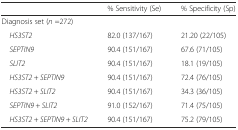
|  | % Sensitivity (Se) | % Specificity (Sp) |
 | --- | --- | --- |
 | <COLSPAN=3> Diagnosis set (n =272) |
 | HS3ST2 | 82.0 (137/167) | 21.20 (22/105) |
 | SEPTIN9 | 90.4 (151/167) | 67.6 (71/105) |
 | SLIT2 | 90.4 (151/167) | 18.1 (19/105) |
 | HS3ST2 + SEPTIN9 | 90.4 (151/167) | 72.4 (76/105) |
 | HS3ST2 + SLIT2 | 90.4 (151/167) | 34.3 (36/105) |
 | SEPTIN9 + SLIT2 | 91.0 (152/167) | 71.4 (75/105) |
 | HS3ST2 + SEPTIN9 + SLIT2 | 90.4 (151/167) | 75.2 (79/105) |